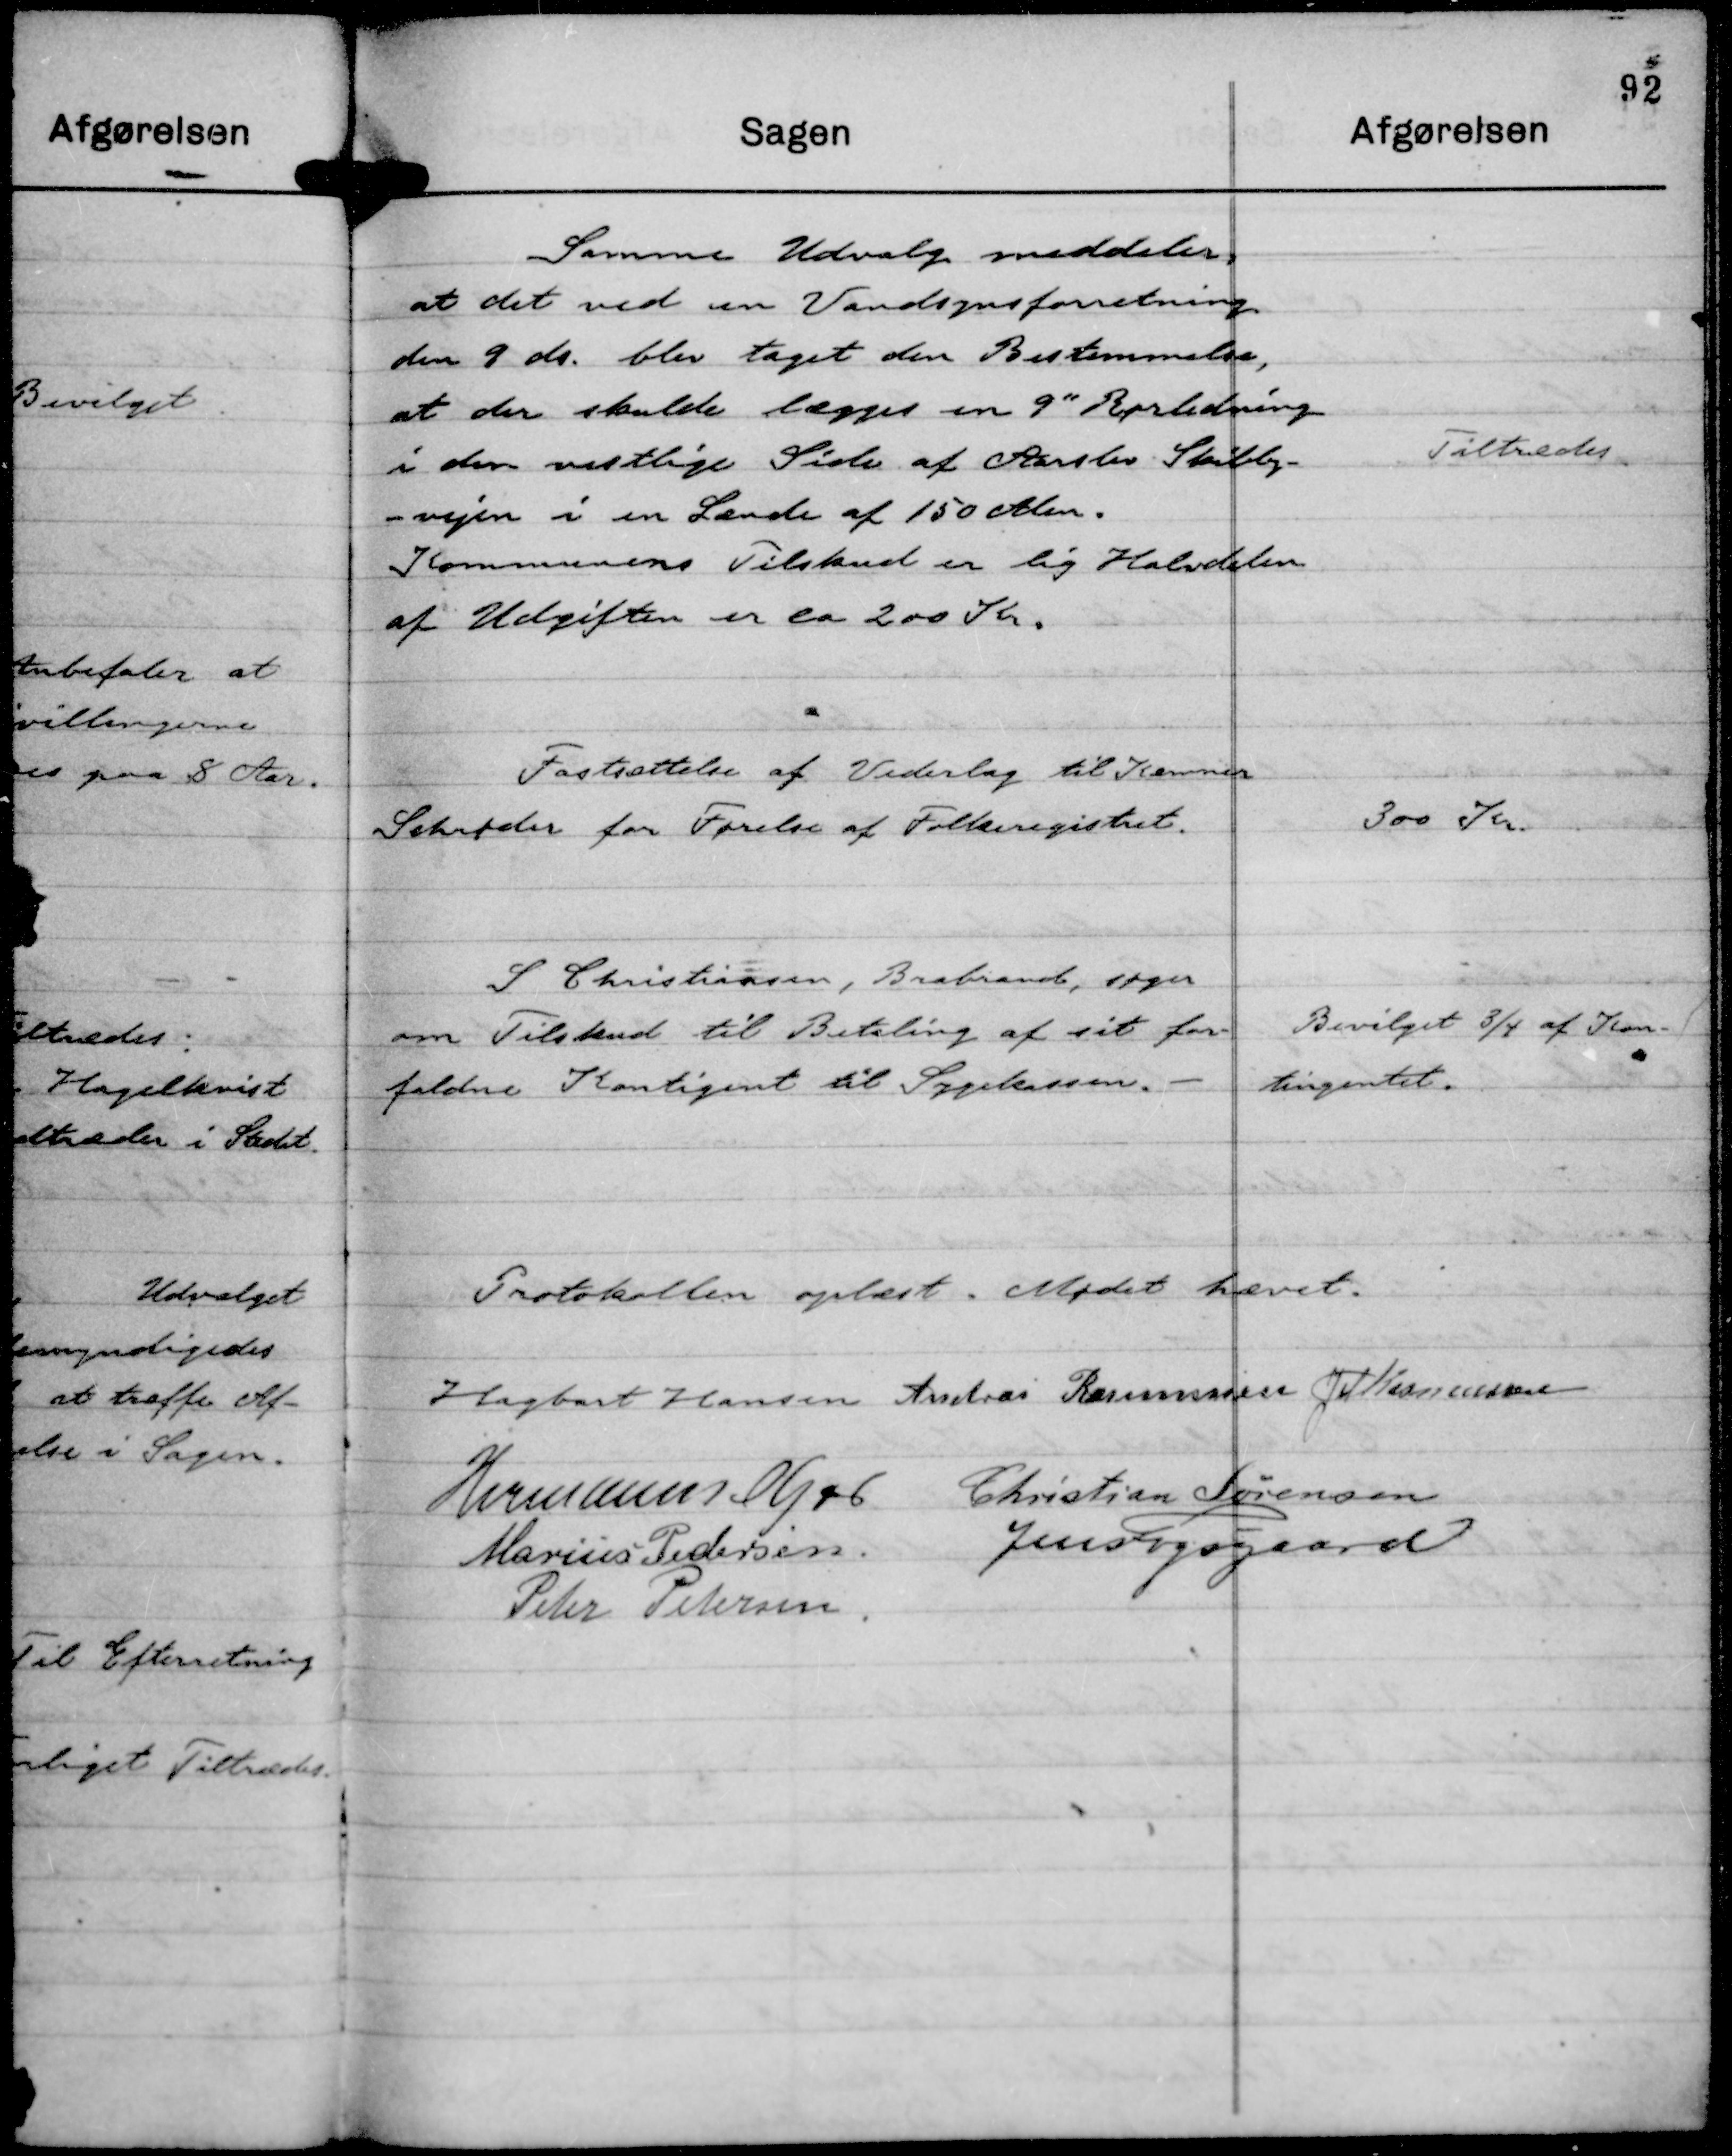
Transskription:
Samme Udvalg meddeler,
at det ved en Vandsynsforretning
den 9 do. blev taget den Bestemmelse,
at der skulde lægges en 9" Rørledning
i den vestlige Side af Aarslev Skibby-
-vejen i en Lænde af 150 Alen.
Kommunens Tilskud er lig Halvdelen
af Udgiften er ca 200 Kr.

Tiltrædes.

Fastsættelse af Vederlag til Kæmner
Schrøder for Førelse af Folkeregistret.

300 Kr.

S Christiansen, Brabrand, søger
om Tilskud til Betaling af sit for-
faldne Kontingent til Sygekassen.

Bevilget ¾ af Kom-
tingentet.

Protokollen oplæst. Mødet hævet.
Hagbart Hansen
Andreas Rasmussen
JM Rasmussen
Hermann Kjær
Christian Sørensen
Marius Pedersen.
Jens Fogsgaard
Peter Petersen.